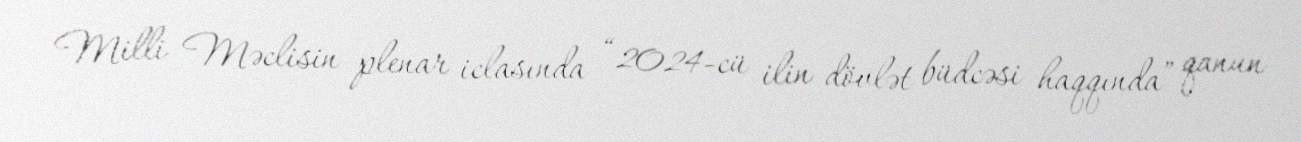
Milli Məclisin plenar iclasında “2024-cü ilin dövlət büdcəsi haqqında” qanun